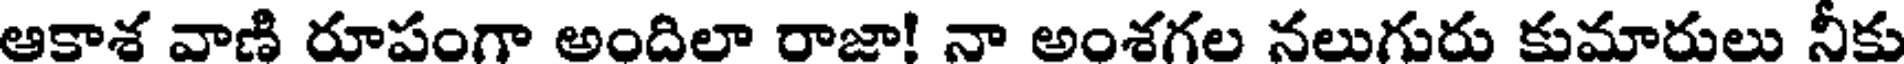
ఆకాశ వాణి రూపంగా అందిలా రాజా! నా అంశగల నలుగురు కుమారులు నీకు